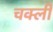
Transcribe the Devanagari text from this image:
चक्ली